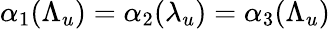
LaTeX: \alpha_{1}(\Lambda_{u})=\alpha_{2}(\lambda_{u})=\alpha_{3}(\Lambda_{u})